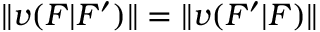
\| v ( F | F ^ { \prime } ) \| = \| v ( F ^ { \prime } | F ) \|